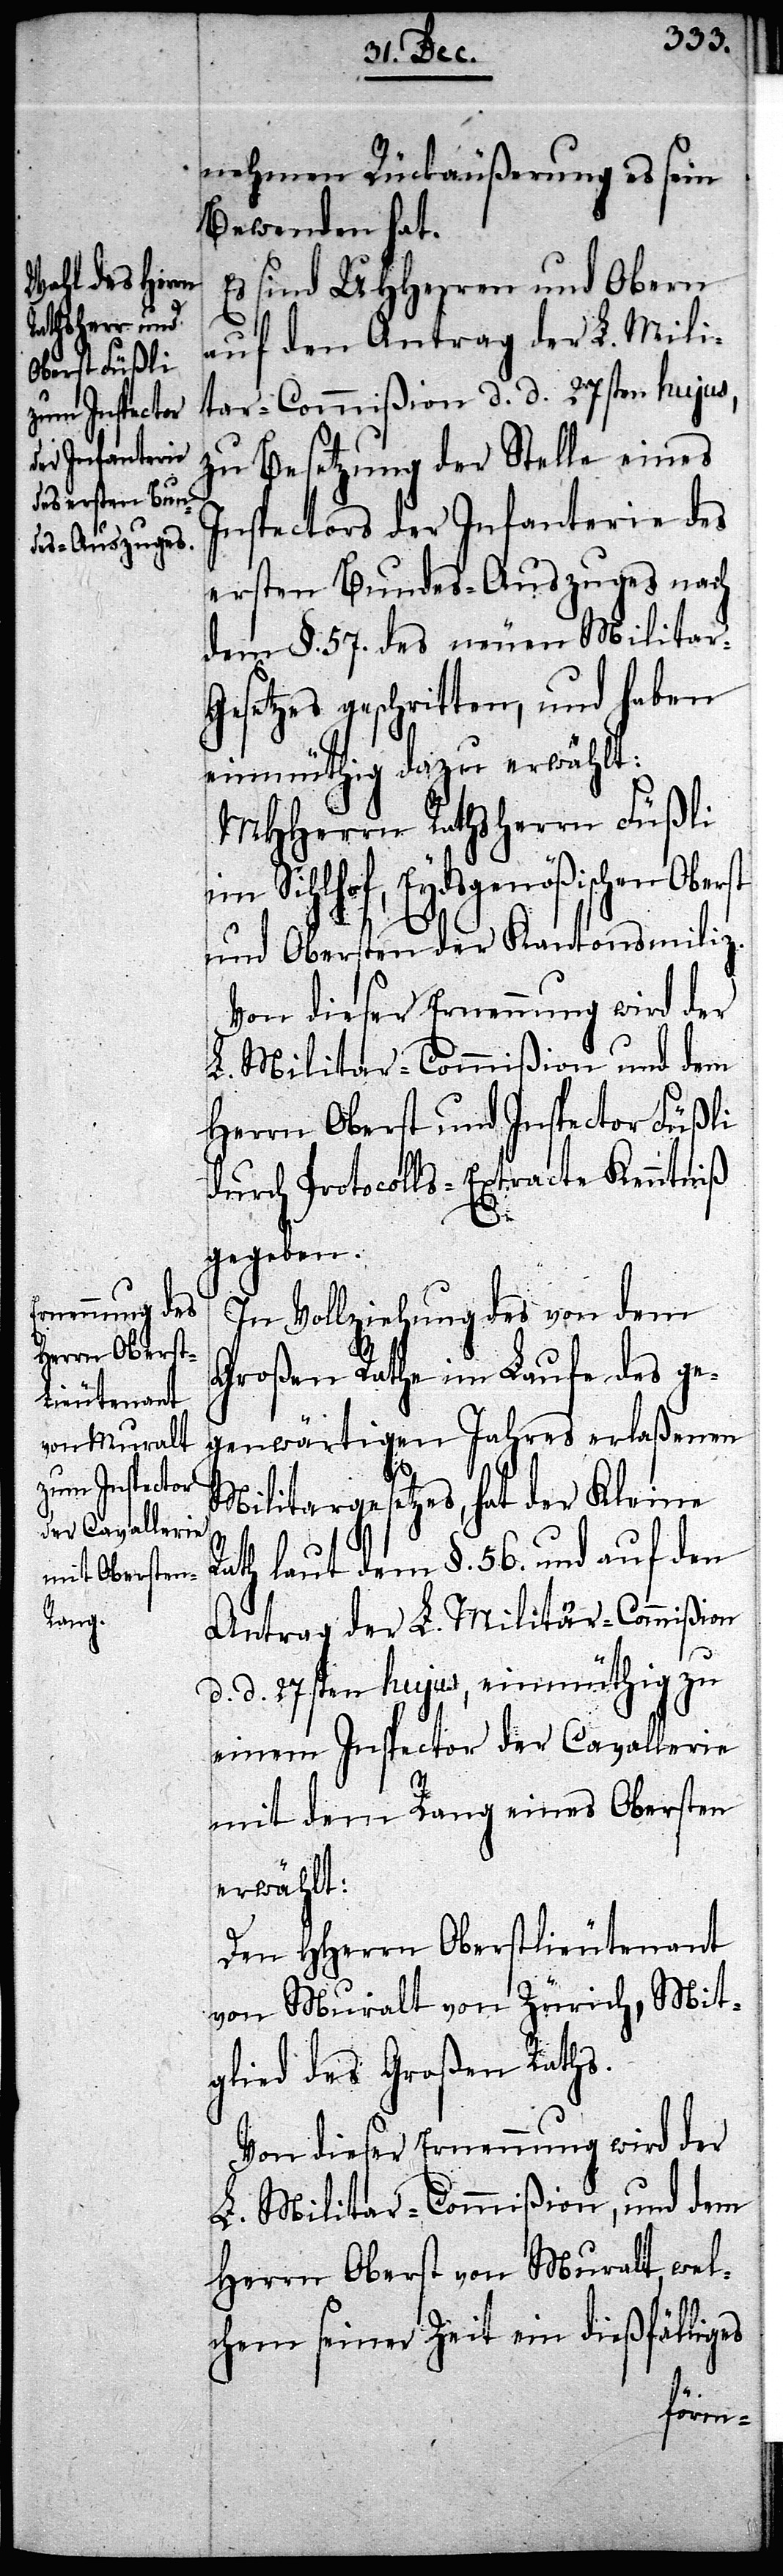
nehmen Rückäußerung es sein
Bewenden hat.
Es sind UHHerren und Obern
auf den Antrag der L. Mili¬
tar-Commißion d. d. 27sten hujus,
zu Besetzung der Stelle eines
Inspectors der Infanterie des
ersten Bundes-Auszuges nach
dem §. 57. des neuen Milita¬
esetzes geschritten, und haben
einmüthig dazu erwählt:
MHHerrn Rathsherrn Füßli
Sihlhof, Eydsgenößischen Ober¬
und Obersten der Kantonsmiliz.
Von dieser Ernennung wird der
L. Militar-Commißion und dem
Herrn Oberst und Inspector Füßli
durch Protocolls-Extracte Kenntniß
gegeben.
In Vollziehung des von dem
Großen Rathe im Laufe des ge¬
genwärtigen Jahres erlaßenen
Militargesetzes, hat der Kleine
Rath laut dem §. 56 und auf den
Antrag der L. Militar-Commißion
d. d. 27sten hujus, einmüthig zu
einem Inspector der Cavallerie
mit dem Rang eines Obersten
erwählt:
Den HHerrn Oberstlieutenant
von Muralt von Zürich, Mit¬
glied des Großen Raths.
Von dieser Ernennung wird der
L. Militar-Commißion, und dem
Herrn Oberst von Muralt, wel¬
chem seiner Zeit ein dießfälliges
st